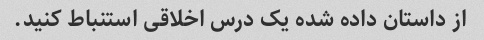
از داستان داده شده یک درس اخلاقی استنباط کنید.